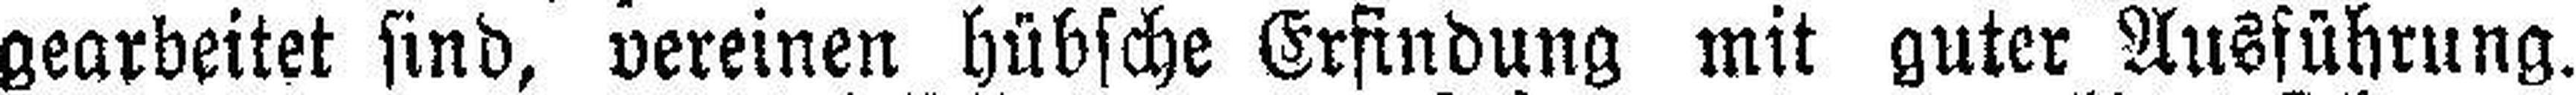
gearbeitet sind, vereinen hübsche Erfindung mit guter Ausführung.